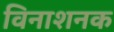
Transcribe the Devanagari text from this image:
विनाशनक